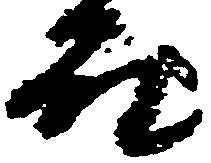
殿